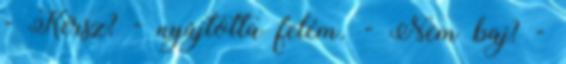
- Kérsz? - nyújtotta felém. - Nem baj? -